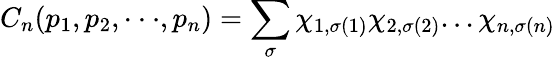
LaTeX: C_{n}(p_{1},p_{2},\cdot\cdot\cdot,p_{n})=\sum_{\sigma}\chi_{1,\sigma(1)}\chi_{2,\sigma(2)}...\chi_{n,\sigma(n)}